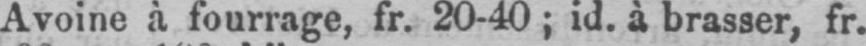
Avoine à fourrage, fr. 20-40; id. à brasser, fr.